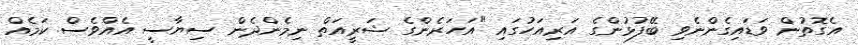
އެގޮތުން ވަޑައިގެންނެވި ބޭފުޅުންގެ އަރިއަހުގައި "އަހަރެންގެ ޝަރީއަތް ނިމެންދެން ސިޔާސީ އެއްވެސް ކަމެއް